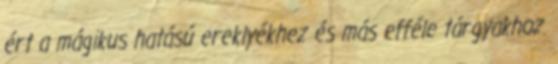
ért a mágikus hatású ereklyékhez és más efféle tárgyakhoz.